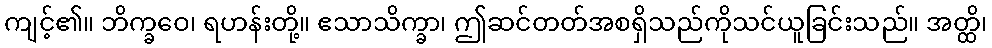
ကျင့်၏။ ဘိက္ခဝေ၊ ရဟန်းတို့။ ဧသာသိက္ခာ၊ ဤဆင်တတ်အစရှိသည်ကိုသင်ယူခြင်းသည်။ အတ္ထိ၊